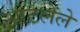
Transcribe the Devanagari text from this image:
आटलेले